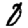
Digit: 0